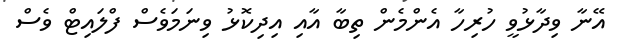
އޭނާ ވިދާޅުވީ ހުރިހާ އެންމެން ތިބާ އާއި އިދިކޮޅު ވިނަމަވެސް ފްލައިޓް ވެސް